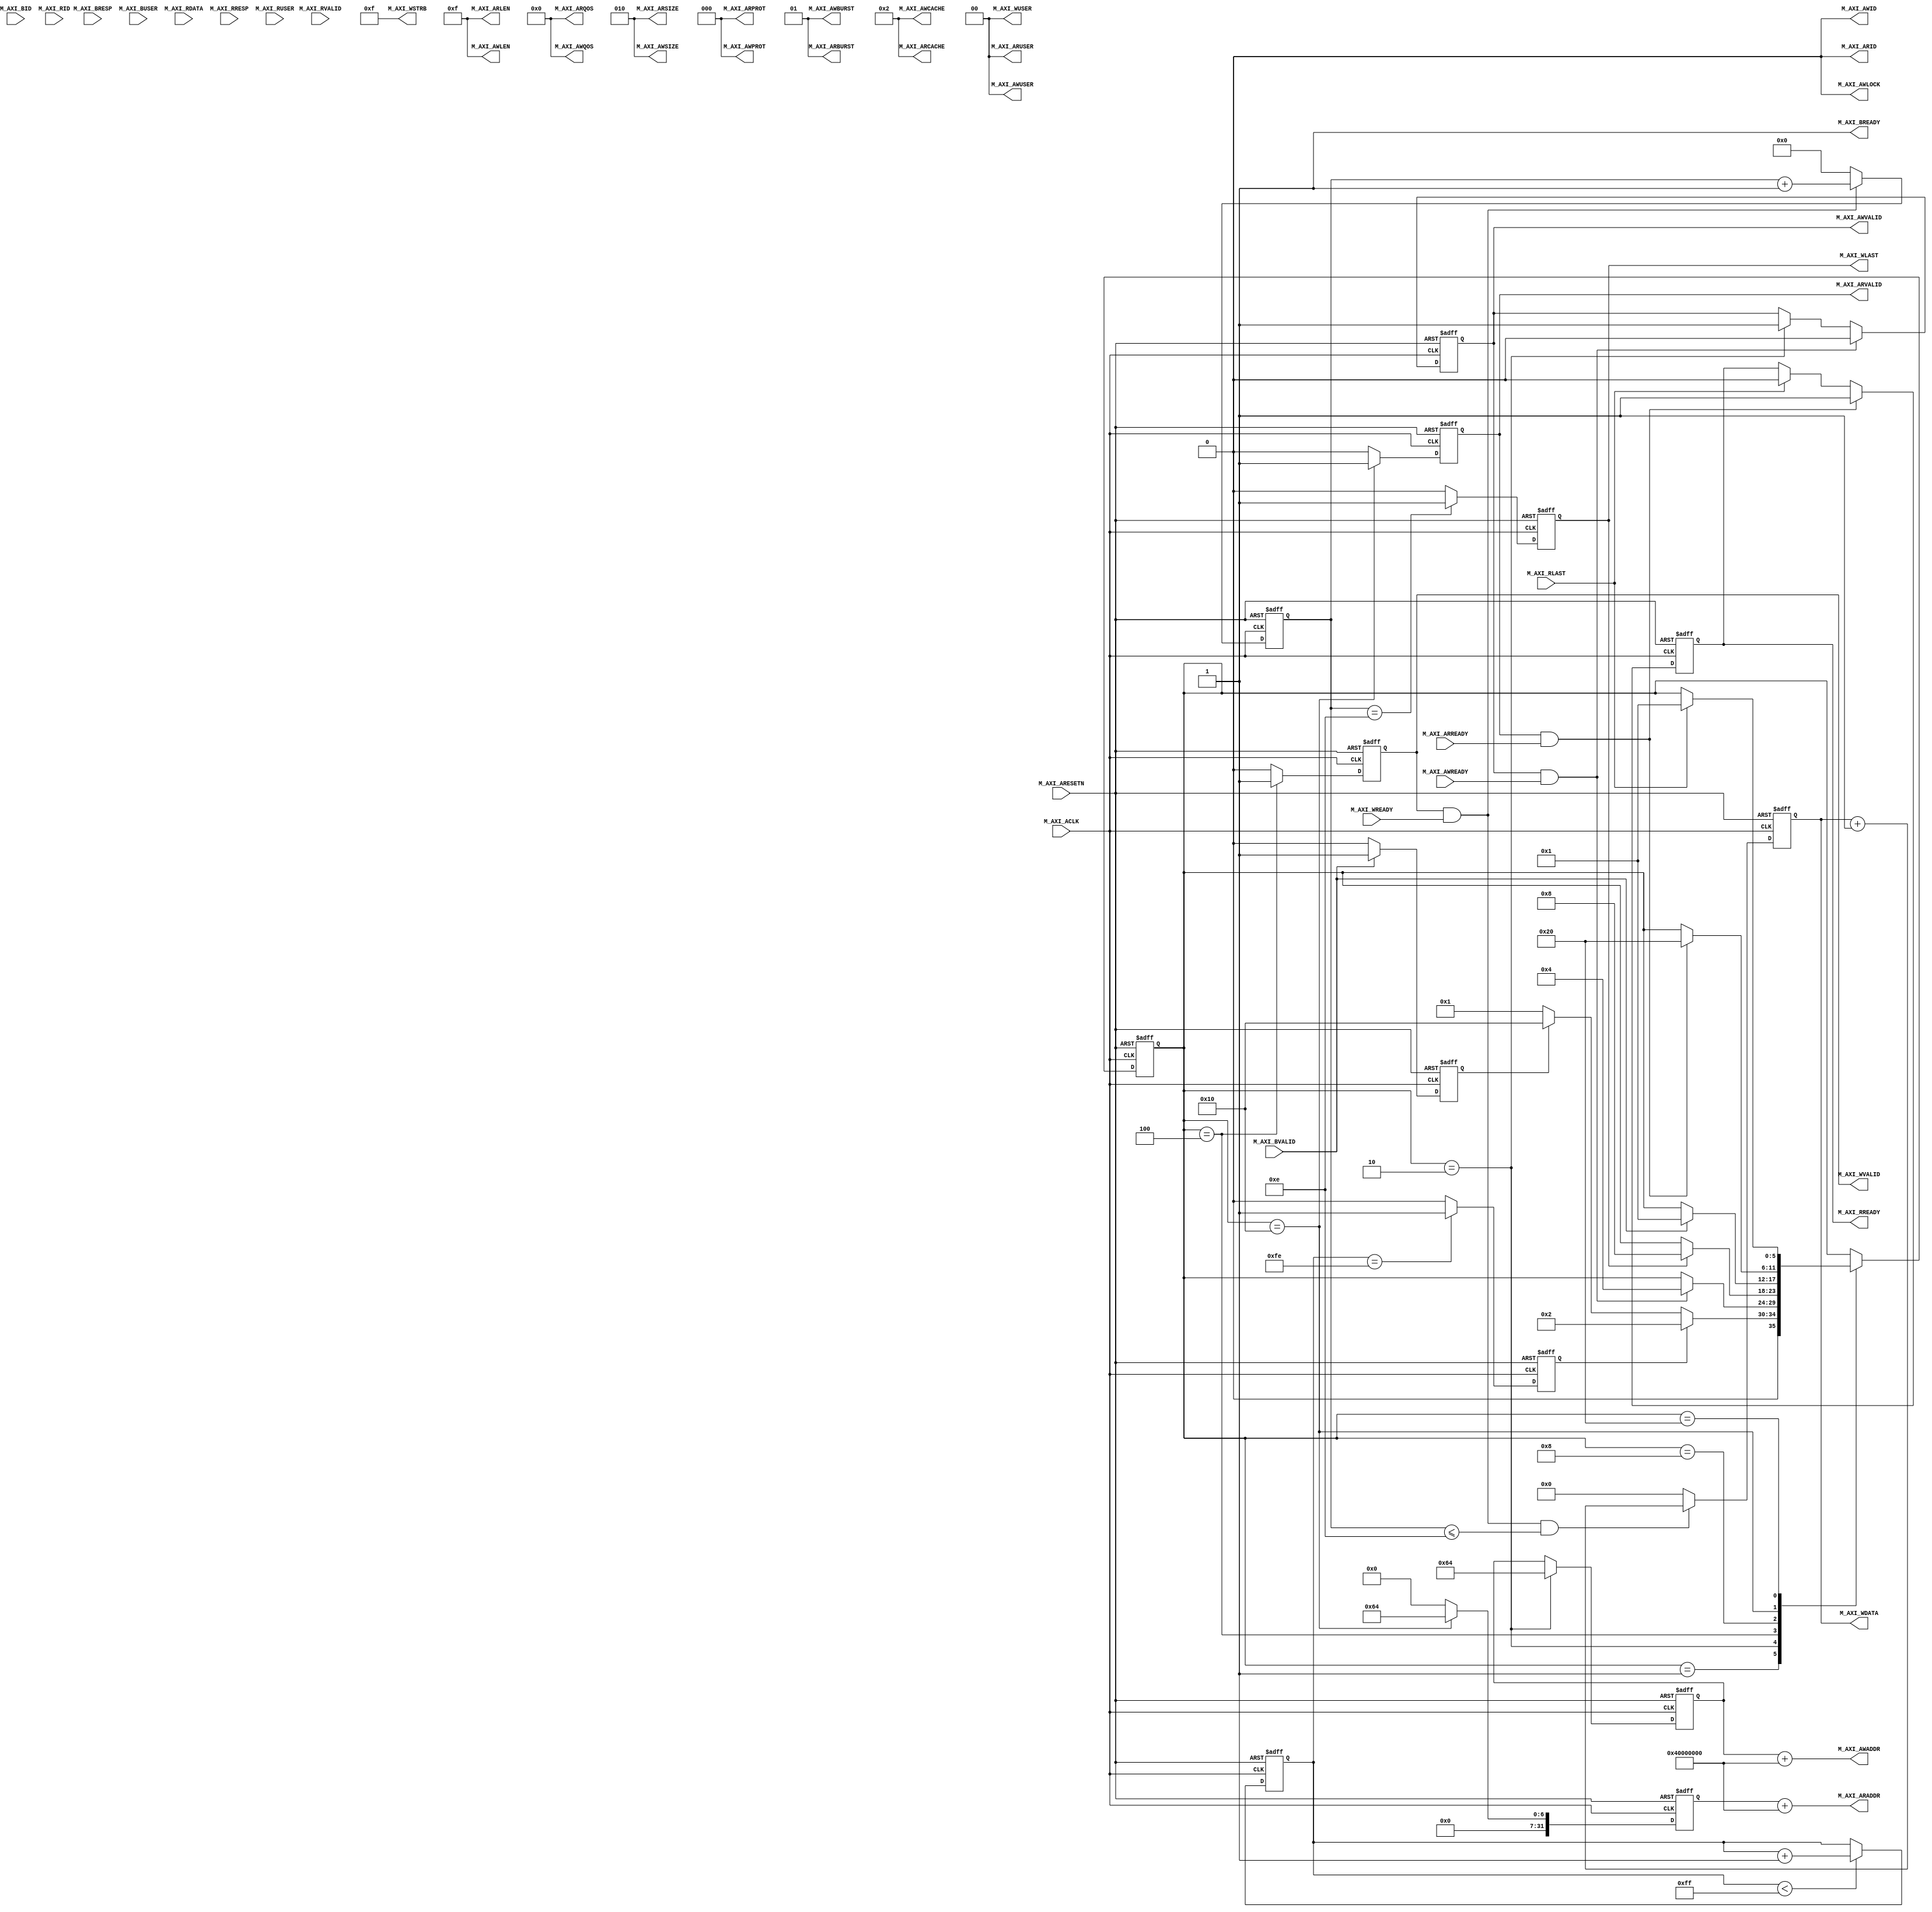
module axi_test_v1_0_M00_AXI #(
		parameter  C_M_TARGET_SLAVE_BASE_ADDR	= 32'h40000000,
		parameter integer C_M_AXI_BURST_LEN	= 16,
		parameter integer C_M_AXI_ID_WIDTH	= 1,
		parameter integer C_M_AXI_ADDR_WIDTH	= 32,
		parameter integer C_M_AXI_DATA_WIDTH	= 32,
		parameter integer C_M_AXI_AWUSER_WIDTH	= 0,
		parameter integer C_M_AXI_ARUSER_WIDTH	= 0,
		parameter integer C_M_AXI_WUSER_WIDTH	= 0,
		parameter integer C_M_AXI_RUSER_WIDTH	= 0,
		parameter integer C_M_AXI_BUSER_WIDTH	= 0
)(
        input wire                                  M_AXI_ACLK          ,
		input wire                                  M_AXI_ARESETN       ,  
        //写地址通道
		output wire [C_M_AXI_ID_WIDTH-1 : 0]        M_AXI_AWID          ,
		output wire [C_M_AXI_ADDR_WIDTH-1 : 0]      M_AXI_AWADDR        ,
		output wire [7 : 0]                         M_AXI_AWLEN         ,
		output wire [2 : 0]                         M_AXI_AWSIZE        ,
		output wire [1 : 0]                         M_AXI_AWBURST       ,
		output wire                                 M_AXI_AWLOCK        ,
		output wire [3 : 0]                         M_AXI_AWCACHE       ,
		output wire [2 : 0]                         M_AXI_AWPROT        ,
		output wire [3 : 0]                         M_AXI_AWQOS         ,
		output wire [C_M_AXI_AWUSER_WIDTH-1 : 0]    M_AXI_AWUSER        ,
		output wire                                 M_AXI_AWVALID       ,
		input wire                                  M_AXI_AWREADY       ,
        //写数据通道
		output wire [C_M_AXI_DATA_WIDTH-1 : 0]      M_AXI_WDATA         ,
		output wire [C_M_AXI_DATA_WIDTH/8-1 : 0]    M_AXI_WSTRB         ,
		output wire                                 M_AXI_WLAST         ,
		output wire [C_M_AXI_WUSER_WIDTH-1 : 0]     M_AXI_WUSER         ,
		output wire                                 M_AXI_WVALID        ,
		input wire                                  M_AXI_WREADY        ,
        //写响应通道
		input wire [C_M_AXI_ID_WIDTH-1 : 0]         M_AXI_BID           ,
		input wire [1 : 0]                          M_AXI_BRESP         ,
		input wire [C_M_AXI_BUSER_WIDTH-1 : 0]      M_AXI_BUSER         ,
		input wire                                  M_AXI_BVALID        ,
		output wire                                 M_AXI_BREADY        ,
        //读地址通道
		output wire [C_M_AXI_ID_WIDTH-1 : 0]        M_AXI_ARID          ,
		output wire [C_M_AXI_ADDR_WIDTH-1 : 0]      M_AXI_ARADDR        ,
		output wire [7 : 0]                         M_AXI_ARLEN         ,
		output wire [2 : 0]                         M_AXI_ARSIZE        ,
		output wire [1 : 0]                         M_AXI_ARBURST       ,
		output wire [3 : 0]                         M_AXI_ARCACHE       ,
		output wire [2 : 0]                         M_AXI_ARPROT        ,
		output wire [3 : 0]                         M_AXI_ARQOS         ,
		output wire [C_M_AXI_ARUSER_WIDTH-1 : 0]    M_AXI_ARUSER        ,
		output wire                                 M_AXI_ARVALID       ,
		input wire                                  M_AXI_ARREADY       ,
        //读数据通道
		input wire [C_M_AXI_ID_WIDTH-1 : 0]         M_AXI_RID           ,
		input wire [C_M_AXI_DATA_WIDTH-1 : 0]       M_AXI_RDATA         ,
		input wire [1 : 0]                          M_AXI_RRESP         ,
		input wire                                  M_AXI_RLAST         ,
		input wire [C_M_AXI_RUSER_WIDTH-1 : 0]      M_AXI_RUSER         ,
		input wire                                  M_AXI_RVALID        ,
		output wire                                 M_AXI_RREADY        

);


//***************************************
//计算二进制数的位宽
function integer clogb2(input integer number);
begin
        for(clogb2 = 0;number>0; clogb2=clogb2+1 )
                number = number>>1 ;
end
endfunction
/**********************参数***********************/
localparam  IDLE = 6'b000_0001,
            WRITE_ADDR   = 6'b000_0010,
            WRITE_DATA   = 6'b000_0100,
            WRITE_RESP   = 6'b000_1000,
            READ_ARRD    = 6'b001_0000,
            READ_DATA    = 6'b010_0000;            
/*********************寄存器**********************/
reg [C_M_AXI_ADDR_WIDTH -1 :0]   m_aw_addr      ;
reg                              m_aw_vaild     ;
reg [C_M_AXI_DATA_WIDTH -1 :0]   m_w_data       ;
reg                              m_w_last       ;
reg                              m_w_valid      ;
reg [C_M_AXI_ADDR_WIDTH -1 :0]   m_ar_addr      ;
reg                              m_ar_vaild     ; 
reg                              m_r_ready      ;     
reg [5:0]                        state          ;    
reg                              write_begin    ;  
reg                              read_begin     ;    
reg [7:0]                        cnt_write_begin;    
reg [clogb2(C_M_AXI_BURST_LEN-1):0]    burst_cnt;                    
/*********************网表型**********************/

/*********************状态机**********************/

always@(posedge M_AXI_ACLK or negedge M_AXI_ARESETN) begin
    if(!M_AXI_ARESETN)                  state <= IDLE;
    else begin
        case(state)
            IDLE    :       if(write_begin)     state <= WRITE_ADDR;
                            else if(read_begin) state <= READ_ARRD;
                            else                state <= IDLE;
            WRITE_ADDR :    if(M_AXI_AWVALID && M_AXI_AWREADY)
                                                state <= WRITE_DATA;
                            else                state <= state;
            WRITE_DATA :    if(M_AXI_WLAST)     state <= WRITE_RESP;
                            else                state <= state;
            WRITE_RESP :    if(M_AXI_BVALID && M_AXI_BREADY)
                                                state <= IDLE;
                            else                state <= state;
            READ_ARRD  :    if(M_AXI_ARVALID && M_AXI_ARREADY)
                                                state <= READ_DATA;
                            else                state <= state;
            READ_DATA  :    if(M_AXI_RLAST)     state <= IDLE;
                            else                state <= state;

        default : state <= state;
        endcase
    end
end


/*********************组合逻辑********************/
assign M_AXI_AWID    = 'd0                              ;
assign M_AXI_AWLEN   = C_M_AXI_BURST_LEN -1             ;
assign M_AXI_AWSIZE  = clogb2(C_M_AXI_DATA_WIDTH/8 - 1) ;
assign M_AXI_AWBURST = 2'b01                            ;           //自增模式
assign M_AXI_AWLOCK  = 'd0                              ;
assign M_AXI_AWCACHE = 4'b0010                          ;
assign M_AXI_AWPROT  = 'd0                              ;
assign M_AXI_AWQOS   = 'd0                              ;
assign M_AXI_AWUSER  = 'd0                              ;
assign M_AXI_AWADDR  = m_aw_addr + C_M_TARGET_SLAVE_BASE_ADDR                       ;
assign M_AXI_AWVALID = m_aw_vaild                       ;

assign M_AXI_WDATA   = m_w_data                         ;
assign M_AXI_WSTRB   = {(C_M_AXI_DATA_WIDTH/8){1'b1}}   ;           //生成一个位宽为C_M_AXI_DATA_WIDTH/8的全1信号         
assign M_AXI_WLAST   = m_w_last                         ;
assign M_AXI_WUSER   = 'd0                              ;
assign M_AXI_WVALID  = m_w_valid                        ;

assign M_AXI_BREADY  = 1'b1                             ;

assign M_AXI_ARID    = 'd0                              ;
assign M_AXI_ARADDR  = m_ar_addr + C_M_TARGET_SLAVE_BASE_ADDR                       ;
assign M_AXI_ARLEN   = C_M_AXI_BURST_LEN -1             ;
assign M_AXI_ARSIZE  = clogb2(C_M_AXI_DATA_WIDTH/8 - 1) ;
assign M_AXI_ARBURST = 2'b01                            ;           //自增模式
assign M_AXI_ARCACHE = 4'b0010                          ;
assign M_AXI_ARPROT  = 'd0                              ;
assign M_AXI_ARQOS   = 'd0                              ;
assign M_AXI_ARUSER  = 'd0                              ;
assign M_AXI_ARVALID = m_ar_vaild                       ;

assign M_AXI_RREADY  = m_r_ready                        ;
/*********************例化************************/

/*********************进程************************/
//延迟计数器，用于产生写开始信号
always@(posedge M_AXI_ACLK or negedge M_AXI_ARESETN) begin
    if(!M_AXI_ARESETN)                        cnt_write_begin <= 'd0;
    else if (cnt_write_begin < 8'd255)        cnt_write_begin <= cnt_write_begin + 1'b1;
    else                                      cnt_write_begin <= cnt_write_begin;
end

always@(posedge M_AXI_ACLK or negedge M_AXI_ARESETN) begin
    if(!M_AXI_ARESETN)                        write_begin <= 1'b0;
    else if (cnt_write_begin == 8'd254)       write_begin <= 1'b1;
    else                                      write_begin <= 1'b0;
end

always@(posedge M_AXI_ACLK or negedge M_AXI_ARESETN) begin
    if(!M_AXI_ARESETN)                         m_aw_vaild <= 1'b0;
    else if (M_AXI_AWVALID && M_AXI_AWREADY)   m_aw_vaild <= 1'b0;
    else if (state == WRITE_ADDR)              m_aw_vaild <= 1'b1;
    else                                       m_aw_vaild <= m_aw_vaild;
end

always@(posedge M_AXI_ACLK or negedge M_AXI_ARESETN) begin
    if(!M_AXI_ARESETN)                          m_aw_addr <= 'd0;
    else if (state == WRITE_ADDR)               m_aw_addr <= 'd100;
    else                                        m_aw_addr <= m_aw_addr;
end

always@(posedge M_AXI_ACLK or negedge M_AXI_ARESETN) begin
    if(!M_AXI_ARESETN)                          m_w_valid <= 1'b0;
    else if (state == WRITE_DATA)               m_w_valid <= 1'b1;
    else                                        m_w_valid <= 1'b0;
end

always@(posedge M_AXI_ACLK or negedge M_AXI_ARESETN) begin
    if(!M_AXI_ARESETN)                          m_w_data <= 'd0;
    else if (M_AXI_WVALID&&M_AXI_WREADY&&(burst_cnt<='d14))
                                                m_w_data <= m_w_data + 1'b1;
    else                                        m_w_data <= 'd0;
end
//计数发送的数据个数，用于产生last信号
always@(posedge M_AXI_ACLK or negedge M_AXI_ARESETN) begin
    if(!M_AXI_ARESETN)                          burst_cnt <= 'd0;
    else if (M_AXI_WVALID&&M_AXI_WREADY)        burst_cnt <= burst_cnt + 1'b1;
    else                                        burst_cnt <= 'd0;
end
always@(posedge M_AXI_ACLK or negedge M_AXI_ARESETN) begin
    if(!M_AXI_ARESETN)                          m_w_last  <= 1'b0;
    else if (burst_cnt=='d14)                   m_w_last  <= 1'b1;
    else                                        m_w_last  <= 1'b0;
end

always@(posedge M_AXI_ACLK or negedge M_AXI_ARESETN) begin
    if(!M_AXI_ARESETN)                          read_begin <= 1'b0;
    else if (M_AXI_BVALID && M_AXI_BREADY)      read_begin <= 1'b1;
    else                                        read_begin <= 1'b0;
end

always@(posedge M_AXI_ACLK or negedge M_AXI_ARESETN) begin
    if(!M_AXI_ARESETN)                          m_ar_addr  <=  'd0;
    else if (state==READ_ARRD)                  m_ar_addr  <=  'd100;
    else                                        m_ar_addr  <=  'd0;
end

always@(posedge M_AXI_ACLK or negedge M_AXI_ARESETN) begin
    if(!M_AXI_ARESETN)                          m_ar_vaild <= 1'b0;
    else if (state == READ_ARRD)                m_ar_vaild <= 1'b1;
    else                                        m_ar_vaild <= 1'b0;
end

always@(posedge M_AXI_ACLK or negedge M_AXI_ARESETN) begin
    if(!M_AXI_ARESETN)                          m_r_ready <= 1'b0;
    else if (M_AXI_ARVALID && M_AXI_ARREADY)    m_r_ready <= 1'b1;
    else if (M_AXI_RLAST)                       m_r_ready <= 1'b0;
    else                                        m_r_ready <= m_r_ready;
end
endmodule